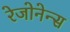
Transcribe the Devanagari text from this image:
रेजोनेन्स